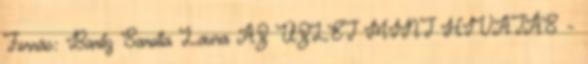
Forrás: Baritz Sarolta Laura AZ ÜZLET MINT HIVATÁS –